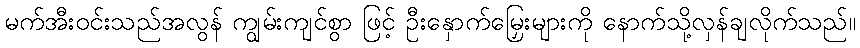
မက်အီးဝင်းသည်အလွန် ကျွမ်းကျင်စွာ ဖြင့် ဦးနှောက်မြှေးများကို နောက်သို့လှန်ချလိုက်သည်။